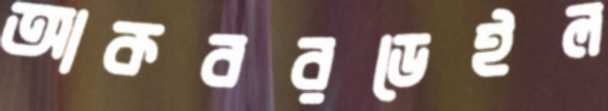
আকবরডেইল